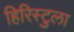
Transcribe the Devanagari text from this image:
हिरिस्टुला